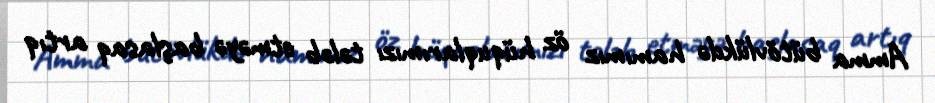
Amma bütövlükdə hamımız öz hüquqlarımızı tələb etməyə başlasaq artıq